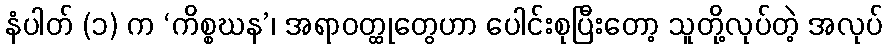
နံပါတ် (၁) က ‘ကိစ္စဃန’၊ အရာဝတ္ထုတွေဟာ ပေါင်းစုပြီးတော့ သူတို့လုပ်တဲ့ အလုပ်